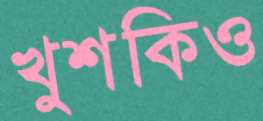
খুশকিও